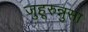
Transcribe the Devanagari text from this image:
जुहूरुन्नुसा